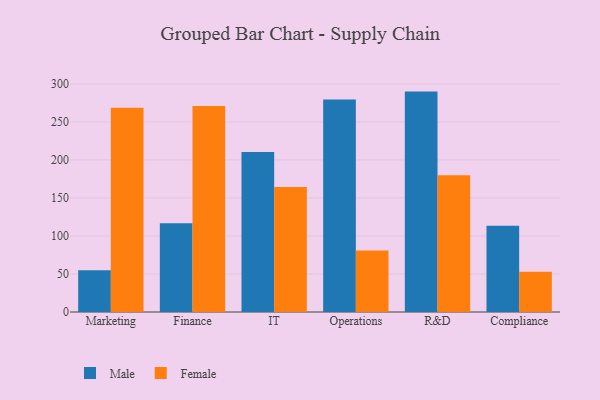
{"axis": {"x": "Department", "y": "Operating Costs (USD K)"}, "legend": ["Female", "Male"], "data": [{"x": "Marketing", "y": 54.9, "type": "Male"}, {"x": "Marketing", "y": 268.5, "type": "Female"}, {"x": "Finance", "y": 116.8, "type": "Male"}, {"x": "Finance", "y": 270.8, "type": "Female"}, {"x": "IT", "y": 210.4, "type": "Male"}, {"x": "IT", "y": 164.3, "type": "Female"}, {"x": "Operations", "y": 279.6, "type": "Male"}, {"x": "Operations", "y": 80.8, "type": "Female"}, {"x": "R&D", "y": 289.9, "type": "Male"}, {"x": "R&D", "y": 179.9, "type": "Female"}, {"x": "Compliance", "y": 113.3, "type": "Male"}, {"x": "Compliance", "y": 53.1, "type": "Female"}]}